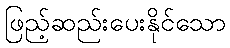
ဖြည့်ဆည်းပေးနိုင်သော